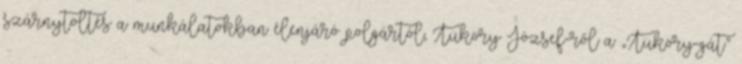
szárnytöltés a munkálatokban élenjáró polgártól, Tüköry József-ről a „Tüköry-gát”